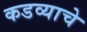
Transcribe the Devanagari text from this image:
कडव्याचे